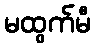
မထွက်မီ